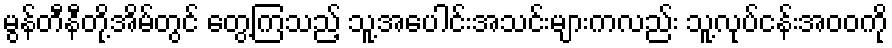
မွန်တီနီတို့အိမ်တွင် တွေ့ကြသည့် သူ့အပေါင်းအသင်းများကလည်း သူ့လုပ်ငန်းအဝဝကို